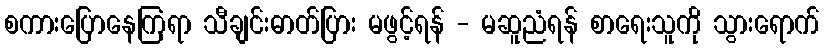
စကားပြောနေကြရာ သီချင်းဓာတ်ပြား မဖွင့်ရန် - မဆူညံရန် စာရေးသူကို သွားရောက်